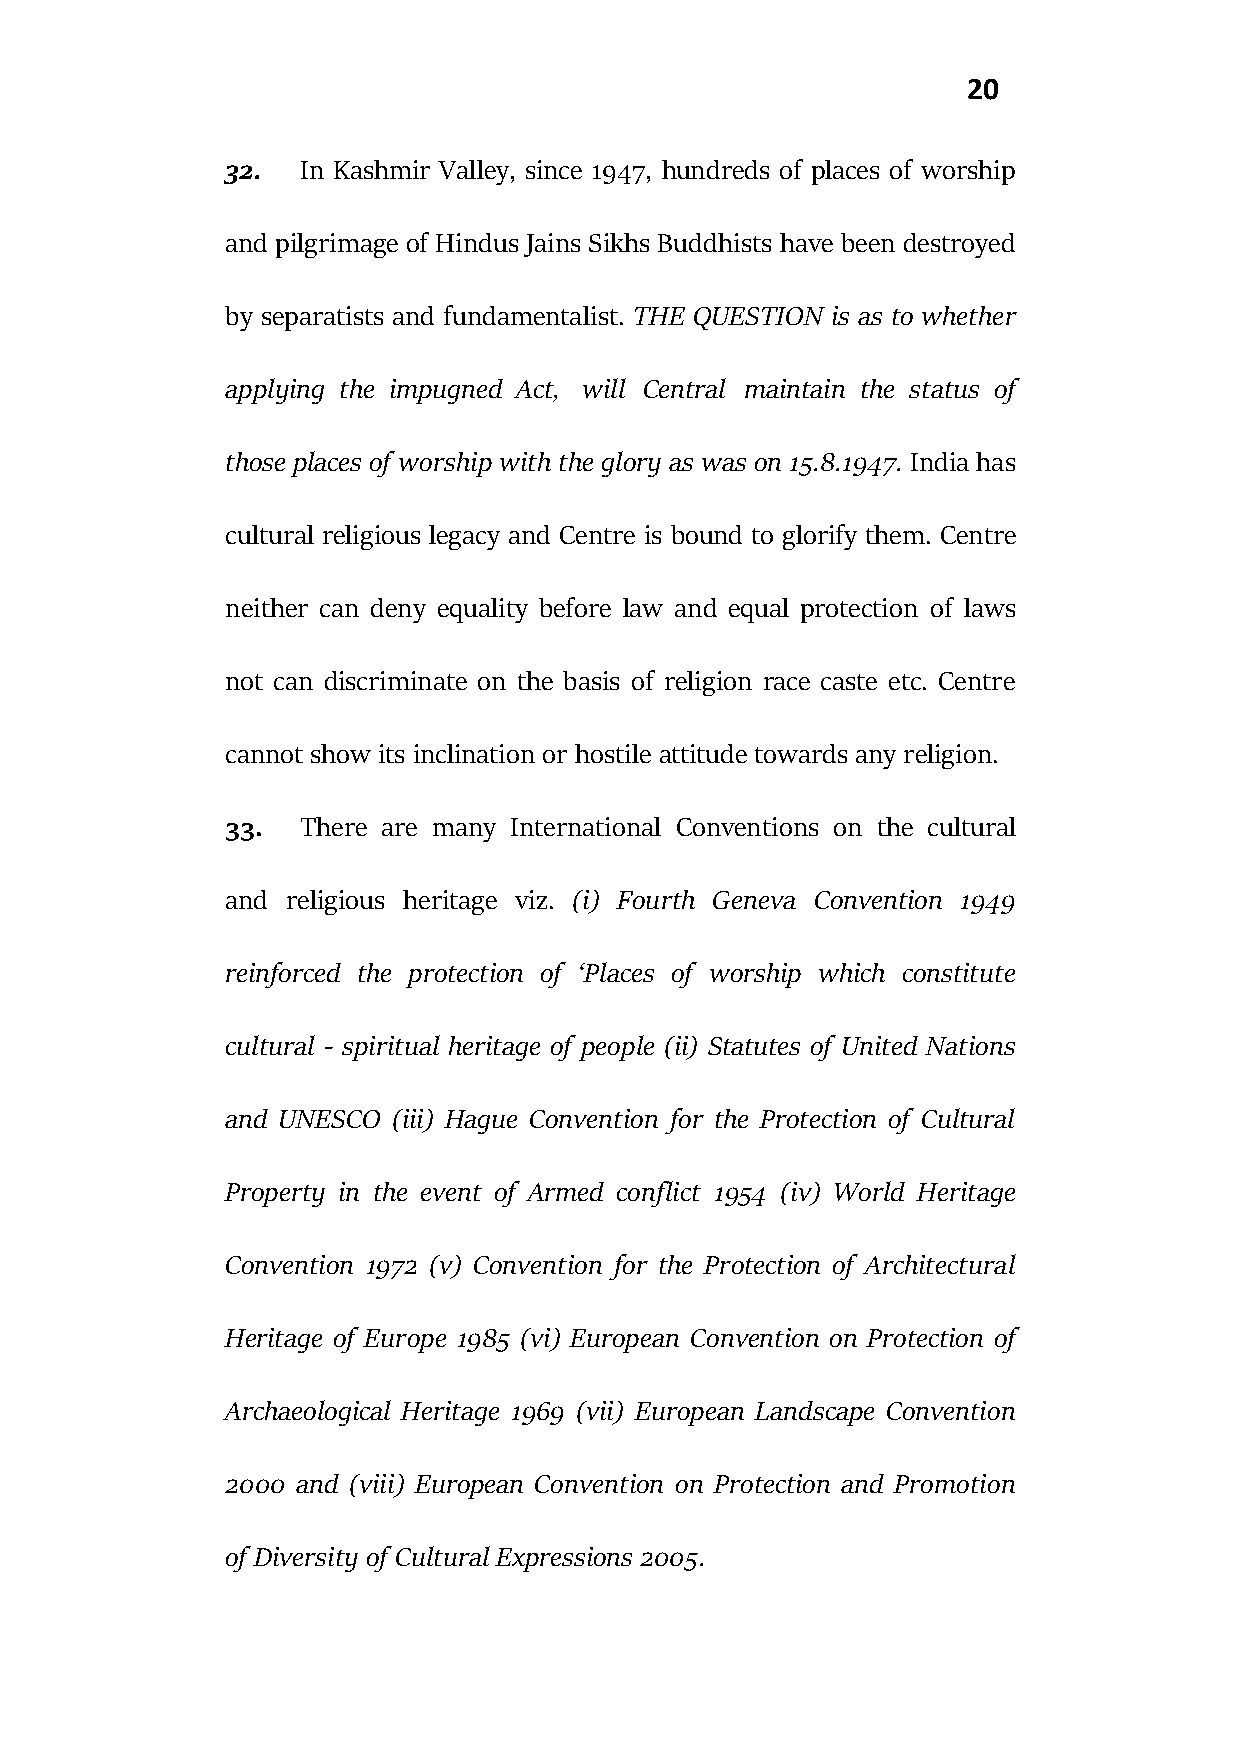
20
 32.  In Kashmir Valley, since 1947, hundreds of places of worship
 and pilgrimage of Hindus Jains Sikhs Buddhists have been destroyed
 by separatists and fundamentalist. THE QUESTION is as to whether
 applying the impugned Act, will Central maintain the status of
 those places of worship with the glory as was on 15.8.1947. India has
 cultural religious legacy and Centre is bound to glorify them. Centre
 neither can deny equality before law and equal protection of laws
 not can discriminate on the basis of religion race caste etc. Centre
 cannot show its inclination or hostile attitude towards any religion.
 33.  There are many International Conventions on the cultural
 and religious heritage viz. (i) Fourth Geneva Convention 1949
 reinforced the protection of ‘Places of worship which constitute
 cultural - spiritual heritage of people (ii) Statutes of United Nations
 and UNESCO (iii) Hague Convention for the Protection of Cultural
 Property in the event of Armed conflict 1954 (iv) World Heritage
 Convention 1972 (v) Convention for the Protection of Architectural
 Heritage of Europe 1985 (vi) European Convention on Protection of
 Archaeological Heritage 1969 (vii) European Landscape Convention
 2000 and (viii) European Convention on Protection and Promotion
 of Diversity of Cultural Expressions 2005.